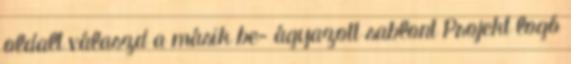
oldalt válaszd a másik be- ágyazott sablont Projekt logó